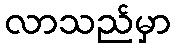
လာသည်မှာ